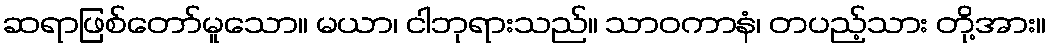
ဆရာဖြစ်တော်မူသော။ မယာ၊ ငါဘုရားသည်။ သာဝကာနံ၊ တပည့်သား တို့အား။